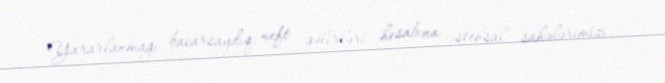
Yararlanmağı bacarsaydıq, neft gəlirləri hesabına istehsal sahələrimizi,